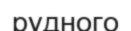
рудного